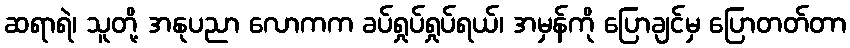
ဆရာရဲ၊ သူတို့ အနုပညာ လောကက ခပ်ရှုပ်ရှုပ်ရယ်၊ အမှန်ကို ပြောချင်မှ ပြောတတ်တာ